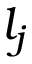
l _ { j }